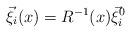
LaTeX: \begin{align*}\vec\xi_i(x) = R^{-1}(x)\vec\xi_i^0 \end{align*}